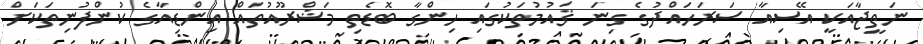
ނަތީޖާއަކީ އޭސިއާ ސަރަހައްދުގެ ގިނަ ޤައުމުތަކުގައި ހިންގާ ބޮޑެތި މަޝްރޫއުތައް އިންޑިއާގެ ކުންފުނިތަކަށް